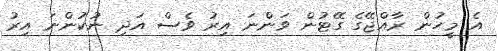
އެ މީހުން ރާއްޖޭގެ ގޭޓުން ވަންނަ އިރު ވެސް އަދި ނުކުންނަ އިރު